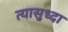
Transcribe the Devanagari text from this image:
त्यासुध्दा